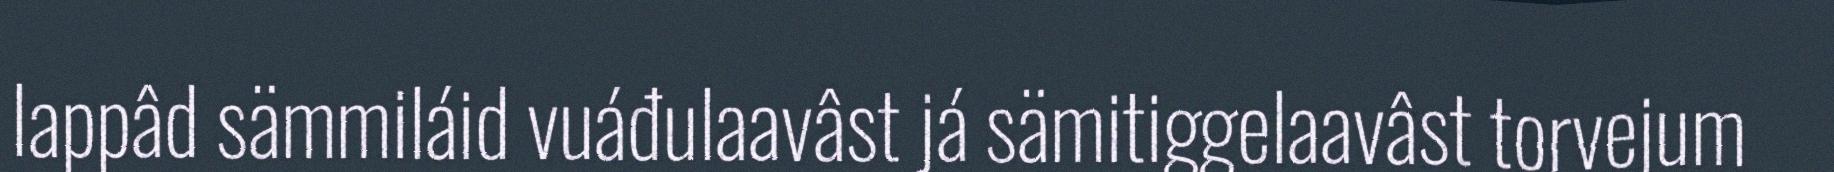
lappâd sämmiláid vuáđulaavâst já sämitiggelaavâst torvejum